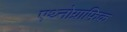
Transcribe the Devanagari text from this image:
एथ्नोग्राफिक